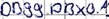
Text: DB99.DBX0.1